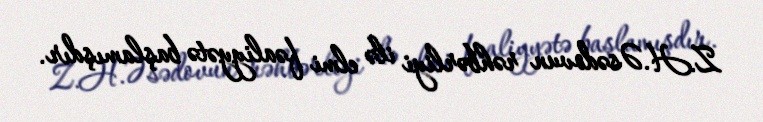
Z.H.Əsədovun rəhbərliyi ilə elmi fəaliyyətə başlamışdır.